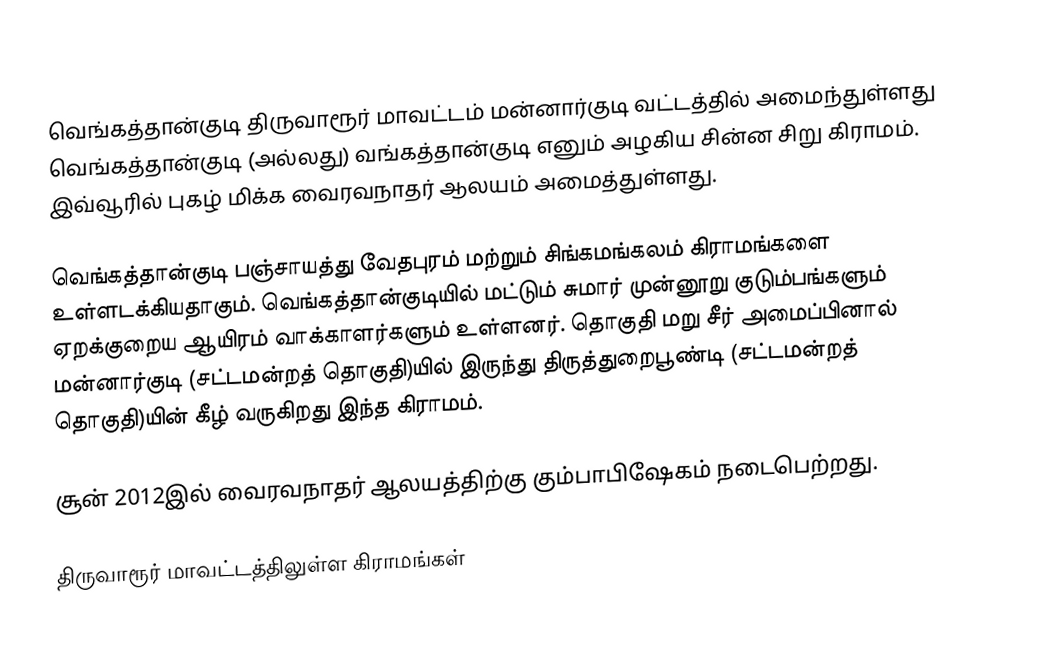
வெங்கத்தான்குடி  திருவாரூர் மாவட்டம் மன்னார்குடி வட்டத்தில்  அமைந்துள்ளது வெங்கத்தான்குடி (அல்லது) வங்கத்தான்குடி எனும் அழகிய சின்ன சிறு கிராமம்.   இவ்வூரில் புகழ் மிக்க வைரவநாதர் ஆலயம் அமைத்துள்ளது.

வெங்கத்தான்குடி பஞ்சாயத்து வேதபுரம் மற்றும் சிங்கமங்கலம் கிராமங்களை உள்ளடக்கியதாகும்.  வெங்கத்தான்குடியில் மட்டும் சுமார் முன்னூறு குடும்பங்களும் ஏறக்குறைய ஆயிரம் வாக்காளர்களும் உள்ளனர்.  தொகுதி மறு சீர் அமைப்பினால் மன்னார்குடி (சட்டமன்றத் தொகுதி)யில் இருந்து திருத்துறைபூண்டி (சட்டமன்றத் தொகுதி)யின் கீழ் வருகிறது இந்த கிராமம்.

சூன் 2012இல் வைரவநாதர் ஆலயத்திற்கு கும்பாபிஷேகம் நடைபெற்றது.

திருவாரூர் மாவட்டத்திலுள்ள கிராமங்கள்